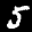
Label: 5